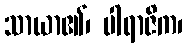
သာယာ၏၊ ပါရာဇိက၊